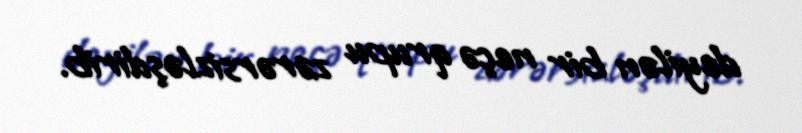
deyilən bir neçə qrupu zərərsizləşdirib.